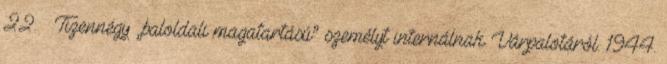
22. – Tizennégy „baloldali magatartású” személyt internálnak Várpalotáról. 1944.